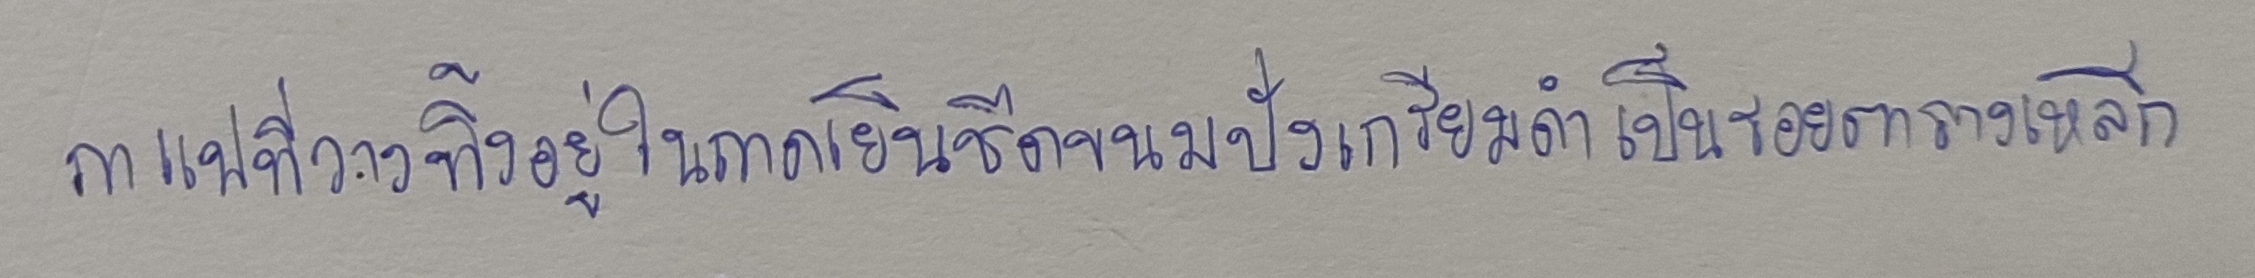
กาแฟที่วางทิ้งอยู่ในถาดเย็นชืดขนมปังเกรียมดำเป็นรอยตารางเหล็ก